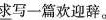
\underline{求}写一篇欢迎辞。